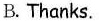
B. Thanks.